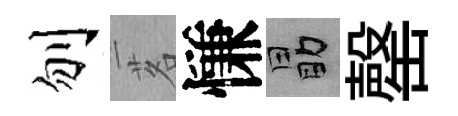
刎茗慊勗罄